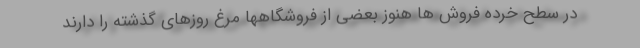
در سطح خرده فروش ها هنوز بعضی از فروشگاهها مرغ روزهای گذشته را دارند